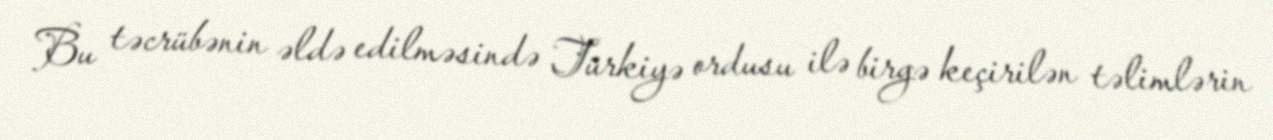
Bu təcrübənin əldə edilməsində Türkiyə ordusu ilə birgə keçirilən təlimlərin